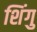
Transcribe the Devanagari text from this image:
शिंगु